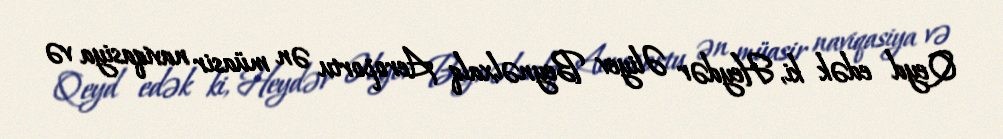
Qeyd edək ki, Heydər Əliyev Beynəlxalq Aeroportu ən müasir naviqasiya və